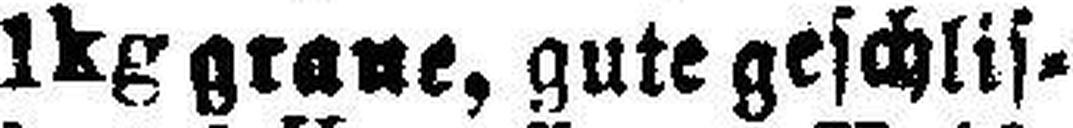
1kg graue, gute geschlis¬